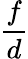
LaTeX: \frac{f}{d}